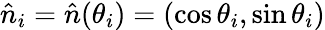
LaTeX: \hat{n}_{i}=\hat{n}(\theta_{i})=(\cos{\theta_{i}},\sin{\theta_{i}})